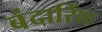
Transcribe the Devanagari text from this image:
बंदासिंह